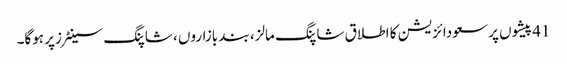
41پیشوں پر سعودائزیشن کا اطلاق شاپنگ مالز، بند بازاروں ، شاپنگ سینٹرزپر ہوگا۔